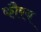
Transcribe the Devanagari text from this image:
कौरब